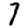
Digit: 7